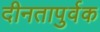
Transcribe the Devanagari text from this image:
दीनतापुर्वक